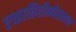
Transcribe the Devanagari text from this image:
एकातिरीनोस्लाव